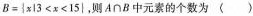
$$ B = {x13 < x < 15| $$，则$$ A∩B $$中元素的个数为（）